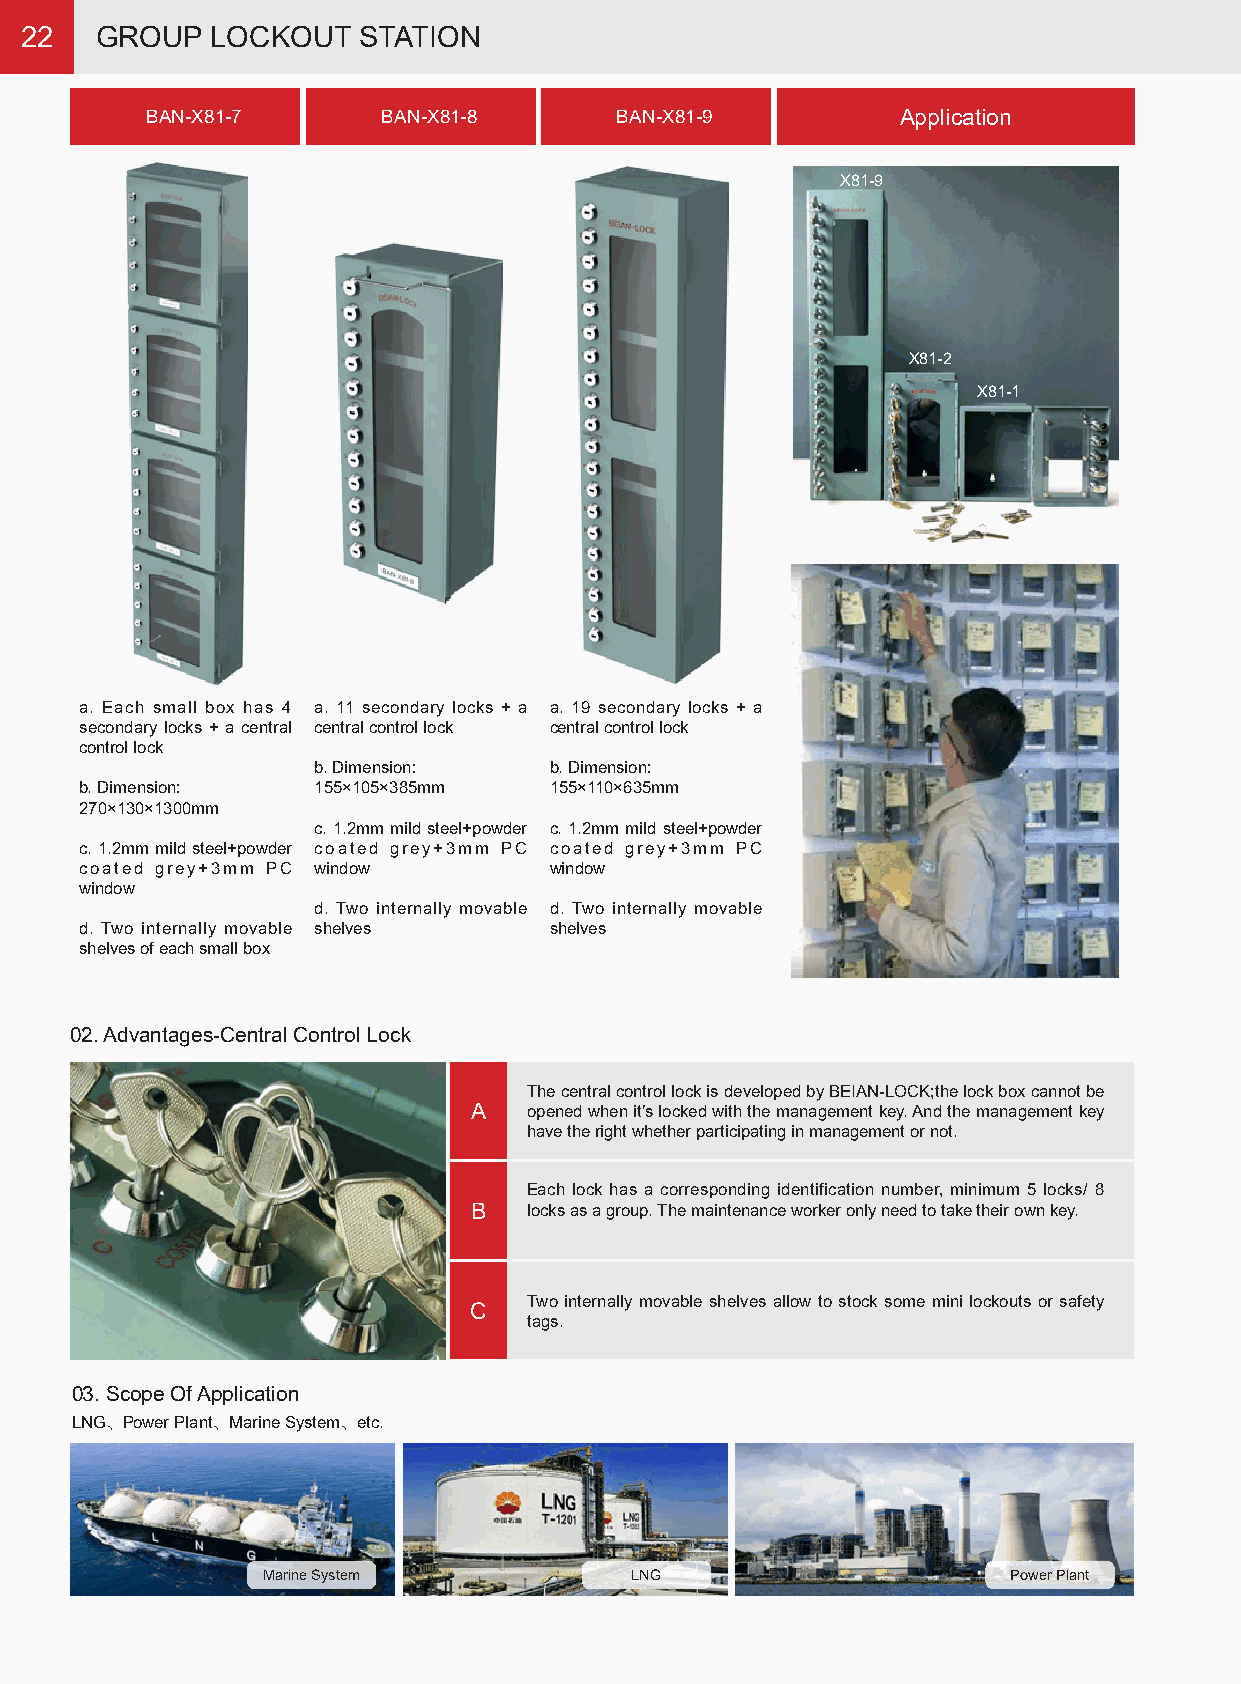
22   GROUP   LOCKOUT   STATION
 BAN-X81-7      BAN-X81-8       BAN-X81-9          Application
 X81-9
 X81-2
 X81-1
 a. Each small box has 4 a. 11 secondary locks + a a. 19 secondary locks + a
 secondary locks + a central central control lock central control lock
 control lock
 b. Dimension:  b. Dimension:
 b. Dimension:   155×105×385mm  155×110×635mm
 270×130×1300mm
 c. 1.2mm mild steel+powder c. 1.2mm mild steel+powder
 c. 1.2mm mild steel+powder coated grey+3mm PC coated grey+3mm PC
 coated grey+3mm PC window      window
 window
 d. Two internally movable d. Two internally movable
 d. Two internally movable shelves shelves
 shelves of each small box
 02. Advantages-Central Control Lock
 The central control lock is developed by BEIAN-LOCK;the lock box cannot be
 A   opened when it’s locked with the management key. And the management key
 have the right whether participating in management or not.
 Each lock has a corresponding identification number, minimum 5 locks/ 8
 B   locks as a group. The maintenance worker only need to take their own key.
 Two internally movable shelves allow to stock some mini lockouts or safety
 C
 tags.
 03. Scope Of Application
 LNG、Power Plant、Marine System、etc.
 Marine System            LNG                      Power Plant